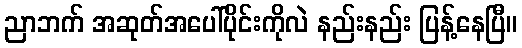
ညာဘက် အဆုတ်အပေါ်ပိုင်းကိုလဲ နည်းနည်း ပြန့်နေပြီ။